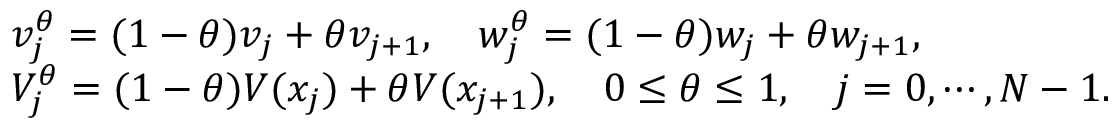
\begin{array} { r l } & { v _ { j } ^ { \theta } = ( 1 - \theta ) v _ { j } + \theta v _ { j + 1 } , \quad w _ { j } ^ { \theta } = ( 1 - \theta ) w _ { j } + \theta w _ { j + 1 } , } \\ & { V _ { j } ^ { \theta } = ( 1 - \theta ) V ( x _ { j } ) + \theta V ( x _ { j + 1 } ) , \quad 0 \leq \theta \leq 1 , \quad j = 0 , \cdots , N - 1 . } \end{array}